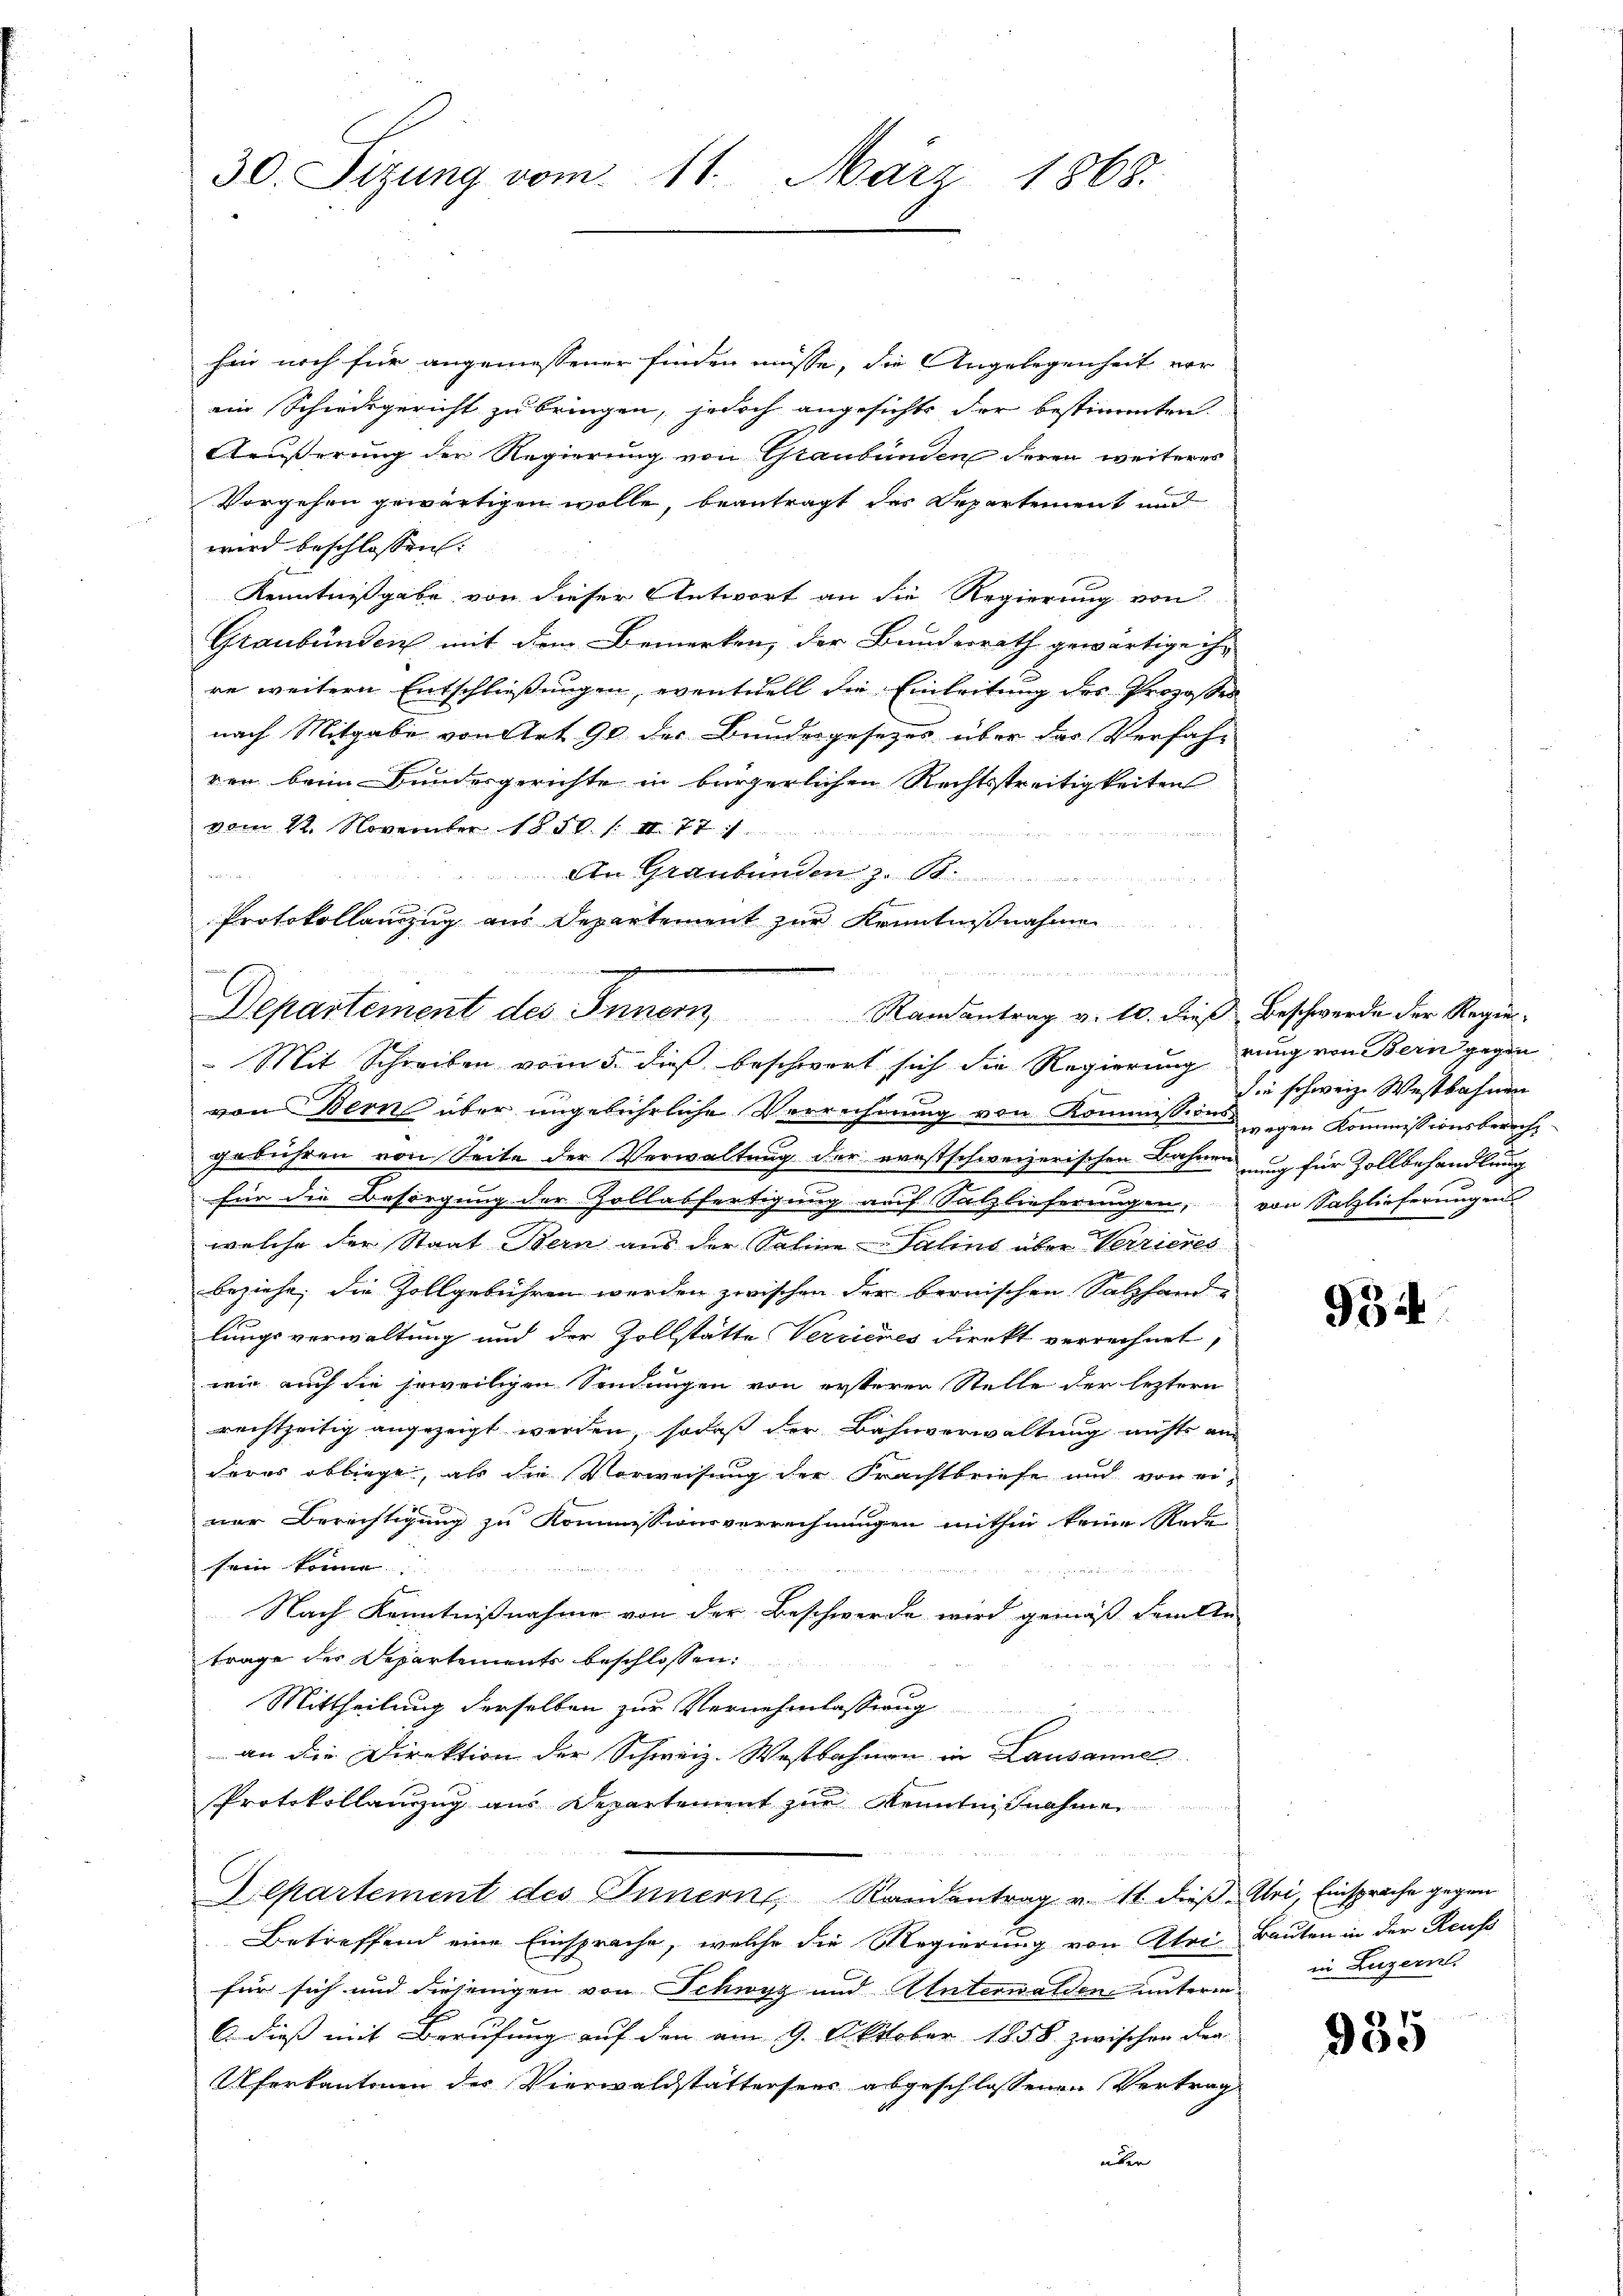
30. Sitzung vom 11. März 1868.

hin noch für angemessener finden müsse, die Angelegenheit vor
ein Schwurgericht zu bringen, jedoch angesichts der bestimmten.
Aeußerung der Regierung von Graubünden deren weiteres
Vorgehen gewärtigen wolle, beantragt das Departement und
wird beschlossen:
Kenntnißgabe, von dieser Antwort an die Regierung von
Graubünden mit dem Bemerken, der Bundesrath gewärtige ihr
re weitern Entschließungen, eventuell die Einleitung des Prozessen
nach Mitgabe von Art 90 der Bundesgesetzes über das Verfahr
ven beim Bundesgerichte in bürgerlichen Rechtsstreitigkeiten
vom 12. November 1858. /: M. 77

An Graubünden z. B.
Protokollanzug aus Departement zur Kenntnißnahmen

von Berns über ungebührliche Verrechnung von Kommissions- gegen Kommissionsberechgebühren von Seite der Verwaltung der ernstschweizerischen Bahnen nung für Zollbehandlung
für die Besorgung der Zollabfertigung auf Salzlieferungen, von Salzlieferungen
welche der Staat Bern aus der Saline Salins über Verrieres
beziehe, die Zollgebühren werden zwischen der bernischen Salzhand-
lungsverwaltung und der Zollstätte Verrieres direkt verrechnet,
wie auch die jeweiligen Sendungen von ersterer Stelle der leztern
rechtzeitig angezeigt werden, sodaß der Bahnverwaltung nichts an
deres obliegt, als die Vorweisung der Frachtbriefe und vor einer Berechtigung zu Kommissionsverrechnungen mithin keine Rede
sein könne.
Nach Kenntnißnahme von der Beschwerde wird gemäß damitte
trage der Departements beschlossen:
Mittheilung derselben zur Vernehmlassung
an die Direktion der Schweiz. Westbahnen in Lausanne
Protokollanzug aus Departement zur Kenntnißnahme
Departement des Innern, Randantrag v. 11. dieß Uri, Einsprache gegen
Betreffend eine Einsprache, welche die Regierung von Atri Bauten in der Reuss
für sich und diejenigen von Schwyz und Unterwalden unterm
6. dieß mit Berufung auf den am 9. Oktober 1858 zwischen der
Uferkantonen des Vierwaldstättersees abgeschlossenen Vertrag
über

.
 eement die den einem
Departement des Innern Randantrag v. 10. dieβ beschwerde der Regier¬
Mit Schreiben vom 5. dieß beschwort sich die Regierung rung von Bern gegen

die schweiz. Westbahnen

934

in Luzern.

935